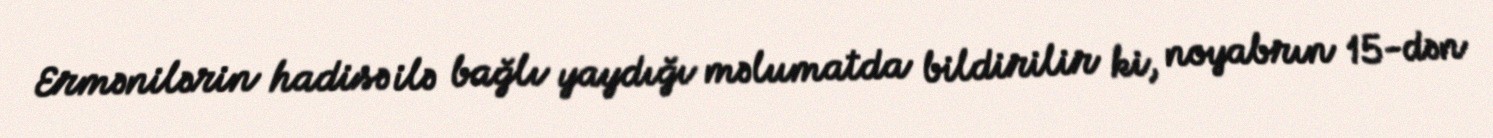
Ermənilərin hadisə ilə bağlı yaydığı məlumatda bildirilir ki, noyabrın 15-dən